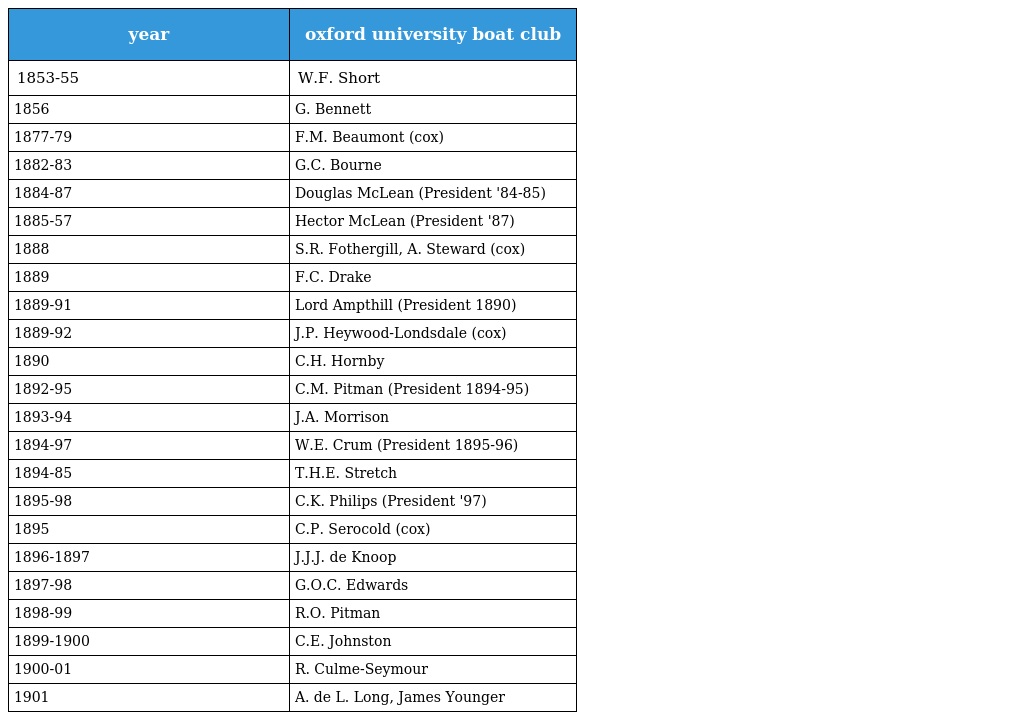
| year | oxford university boat club |
 | --- | --- |
 | 1853-55 | W.F. Short |
 | 1856 | G. Bennett |
 | 1877-79 | F.M. Beaumont (cox) |
 | 1882-83 | G.C. Bourne |
 | 1884-87 | Douglas McLean (President '84-85) |
 | 1885-57 | Hector McLean (President '87) |
 | 1888 | S.R. Fothergill, A. Steward (cox) |
 | 1889 | F.C. Drake |
 | 1889-91 | Lord Ampthill (President 1890) |
 | 1889-92 | J.P. Heywood-Londsdale (cox) |
 | 1890 | C.H. Hornby |
 | 1892-95 | C.M. Pitman (President 1894-95) |
 | 1893-94 | J.A. Morrison |
 | 1894-97 | W.E. Crum (President 1895-96) |
 | 1894-85 | T.H.E. Stretch |
 | 1895-98 | C.K. Philips (President '97) |
 | 1895 | C.P. Serocold (cox) |
 | 1896-1897 | J.J.J. de Knoop |
 | 1897-98 | G.O.C. Edwards |
 | 1898-99 | R.O. Pitman |
 | 1899-1900 | C.E. Johnston |
 | 1900-01 | R. Culme-Seymour |
 | 1901 | A. de L. Long, James Younger |